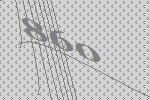
860